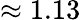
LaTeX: \approx 1.13